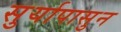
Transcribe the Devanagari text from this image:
सुर्यापासुन